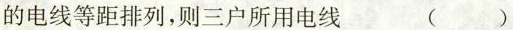
的电线等距排列，则三户所用电线 ( )